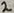
Text: 2